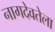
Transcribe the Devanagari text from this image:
नागदेवतेला